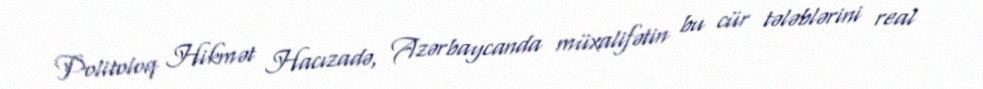
Politoloq Hikmət Hacızadə, Azərbaycanda müxalifətin bu cür tələblərini real